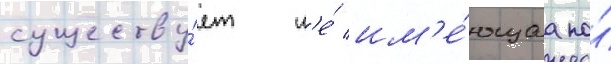
существу́ет н'е́ им'е́ющаа по́